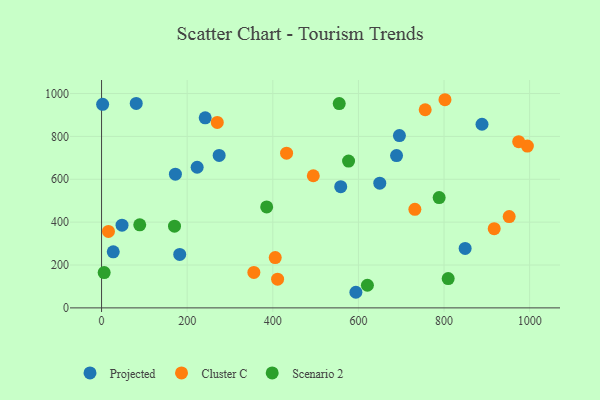
{"axis": {"x": "Distance", "y": "Rating"}, "legend": ["Cluster C", "Projected", "Scenario 2"], "data": [{"x": "695.8", "y": 803.8, "type": "Projected"}, {"x": "689.1", "y": 710.6, "type": "Projected"}, {"x": "172.5", "y": 624.0, "type": "Projected"}, {"x": "182.6", "y": 249.4, "type": "Projected"}, {"x": "558.7", "y": 565.4, "type": "Projected"}, {"x": "888.7", "y": 856.8, "type": "Projected"}, {"x": "47.8", "y": 385.8, "type": "Projected"}, {"x": "594.1", "y": 72.8, "type": "Projected"}, {"x": "2.5", "y": 949.6, "type": "Projected"}, {"x": "27.3", "y": 261.5, "type": "Projected"}, {"x": "649.9", "y": 581.8, "type": "Projected"}, {"x": "242.1", "y": 886.6, "type": "Projected"}, {"x": "849.3", "y": 277.4, "type": "Projected"}, {"x": "223.3", "y": 656.1, "type": "Projected"}, {"x": "274.7", "y": 711.4, "type": "Projected"}, {"x": "81.0", "y": 954.0, "type": "Projected"}, {"x": "731.9", "y": 459.7, "type": "Cluster C"}, {"x": "756.0", "y": 924.3, "type": "Cluster C"}, {"x": "994.7", "y": 754.9, "type": "Cluster C"}, {"x": "16.1", "y": 356.6, "type": "Cluster C"}, {"x": "411.2", "y": 134.0, "type": "Cluster C"}, {"x": "917.2", "y": 369.7, "type": "Cluster C"}, {"x": "974.4", "y": 775.5, "type": "Cluster C"}, {"x": "494.6", "y": 616.5, "type": "Cluster C"}, {"x": "355.8", "y": 165.6, "type": "Cluster C"}, {"x": "802.2", "y": 971.1, "type": "Cluster C"}, {"x": "270.3", "y": 865.2, "type": "Cluster C"}, {"x": "405.7", "y": 234.9, "type": "Cluster C"}, {"x": "952.2", "y": 426.0, "type": "Cluster C"}, {"x": "432.2", "y": 721.7, "type": "Cluster C"}, {"x": "385.7", "y": 471.2, "type": "Scenario 2"}, {"x": "577.0", "y": 685.1, "type": "Scenario 2"}, {"x": "170.4", "y": 381.3, "type": "Scenario 2"}, {"x": "555.2", "y": 953.3, "type": "Scenario 2"}, {"x": "621.0", "y": 105.6, "type": "Scenario 2"}, {"x": "809.7", "y": 136.6, "type": "Scenario 2"}, {"x": "788.6", "y": 514.6, "type": "Scenario 2"}, {"x": "89.2", "y": 387.7, "type": "Scenario 2"}, {"x": "6.1", "y": 164.8, "type": "Scenario 2"}]}